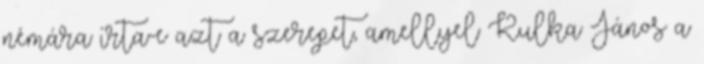
némára írta-e azt a szerepet, amellyel Kulka János a